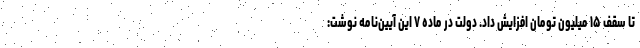
تا سقف ۱۵ میلیون تومان افزایش داد. دولت در ماده ۷ این آیین‌نامه نوشت: